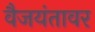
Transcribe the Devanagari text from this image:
वैजयंतावर